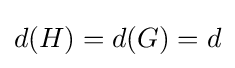
d(H)=d(G)=d